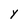
Character: Y